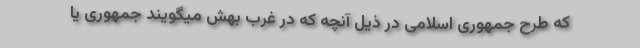
که طرح جمهوری اسلامی در ذیل آنچه که در غرب بهش میگویند جمهوری یا